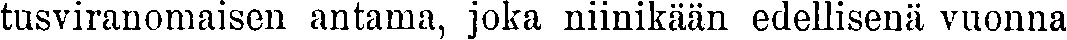
tusviranomaisen antama, joka niinikään edellisenä vuonna